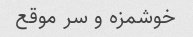
خوشمزه و سر موقع